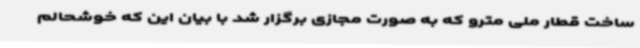
ساخت قطار ملی مترو که به صورت مجازی برگزار شد با بیان این که خوشحالم